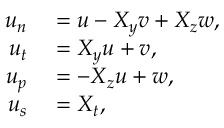
\begin{array} { r l } { u _ { n } } & { { } = u - X _ { y } v + X _ { z } w , } \\ { u _ { t } } & { { } = X _ { y } u + v , } \\ { u _ { p } } & { { } = - X _ { z } u + w , } \\ { u _ { s } } & { { } = X _ { t } , } \end{array}